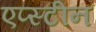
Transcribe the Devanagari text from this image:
एप्स्टीन